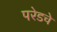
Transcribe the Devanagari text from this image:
परेडचे